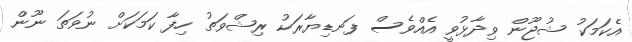
އެކަމަކު ޝުޖޫން ވިދާޅުވީ އެއްވެސް ފަނޑިޔާރަކު ރިޝްވަތު ހިފާ ކަމަކަށް ނުވަތަ ނޫން